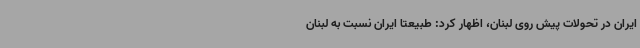
ایران در تحولات پیش روی لبنان، اظهار کرد: طبیعتا ایران نسبت به لبنان